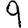
Digit: 9